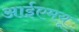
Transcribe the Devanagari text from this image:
आईएमयू